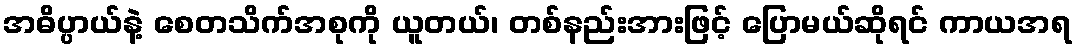
အဓိပ္ပာယ်နဲ့ စေတသိက်အစုကို ယူတယ်၊ တစ်နည်းအားဖြင့် ပြောမယ်ဆိုရင် ကာယအရ